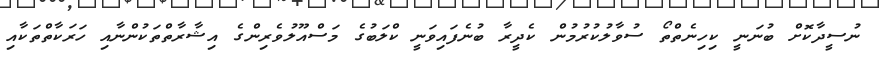
ނުސީދާކޮށް ބުނަނީ ކިހިނެތްތޯ ސުވާލުކުރުމުން ކެދީރާ ބުނެފައިވަނީ ކްލަބުގެ މަސްއޫލުވެރިންގެ އިޝާރާތްތަކުންނާއި ހަރަކާތްތަކާއި